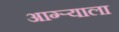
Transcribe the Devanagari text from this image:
आग्र्‍याला